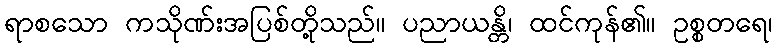
ရာစသော ကသိုဏ်းအပြစ်တို့သည်။ ပညာယန္တိ၊ ထင်ကုန်၏။ ဥစ္စတရေ၊